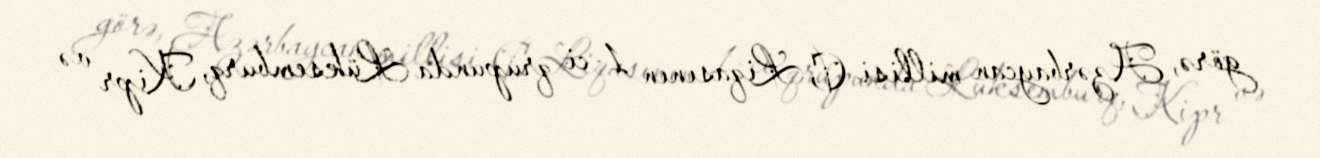
görə, Azərbaycan millisi C Liqasının 1-ci qrupunda Lüksemburq, Kipr və